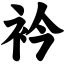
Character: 衿